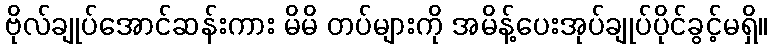
ဗိုလ်ချုပ်အောင်ဆန်းကား မိမိ တပ်များကို အမိန့်ပေးအုပ်ချုပ်ပိုင်ခွင့်မရှိ။